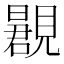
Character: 𬢂